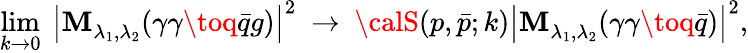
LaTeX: \operatorname*{lim}_{k\to0}\ \left|{\cal\mathbf{M}}_{\lambda_{1},\lambda_{2}}^{}(\gamma\gamma\toq\bar{{q}}g)\right|^{2}\ \to\ {\calS}(p,\bar{{p}};k)\left|{\cal\mathbf{M}}_{\lambda_{1},\lambda_{2}}^{}(\gamma\gamma\toq\bar{{q}})\right|^{2},